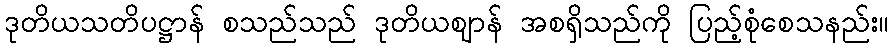
ဒုတိယသတိပဋ္ဌာန် စသည်သည် ဒုတိယဈာန် အစရှိသည်ကို ပြည့်စုံစေသနည်း။